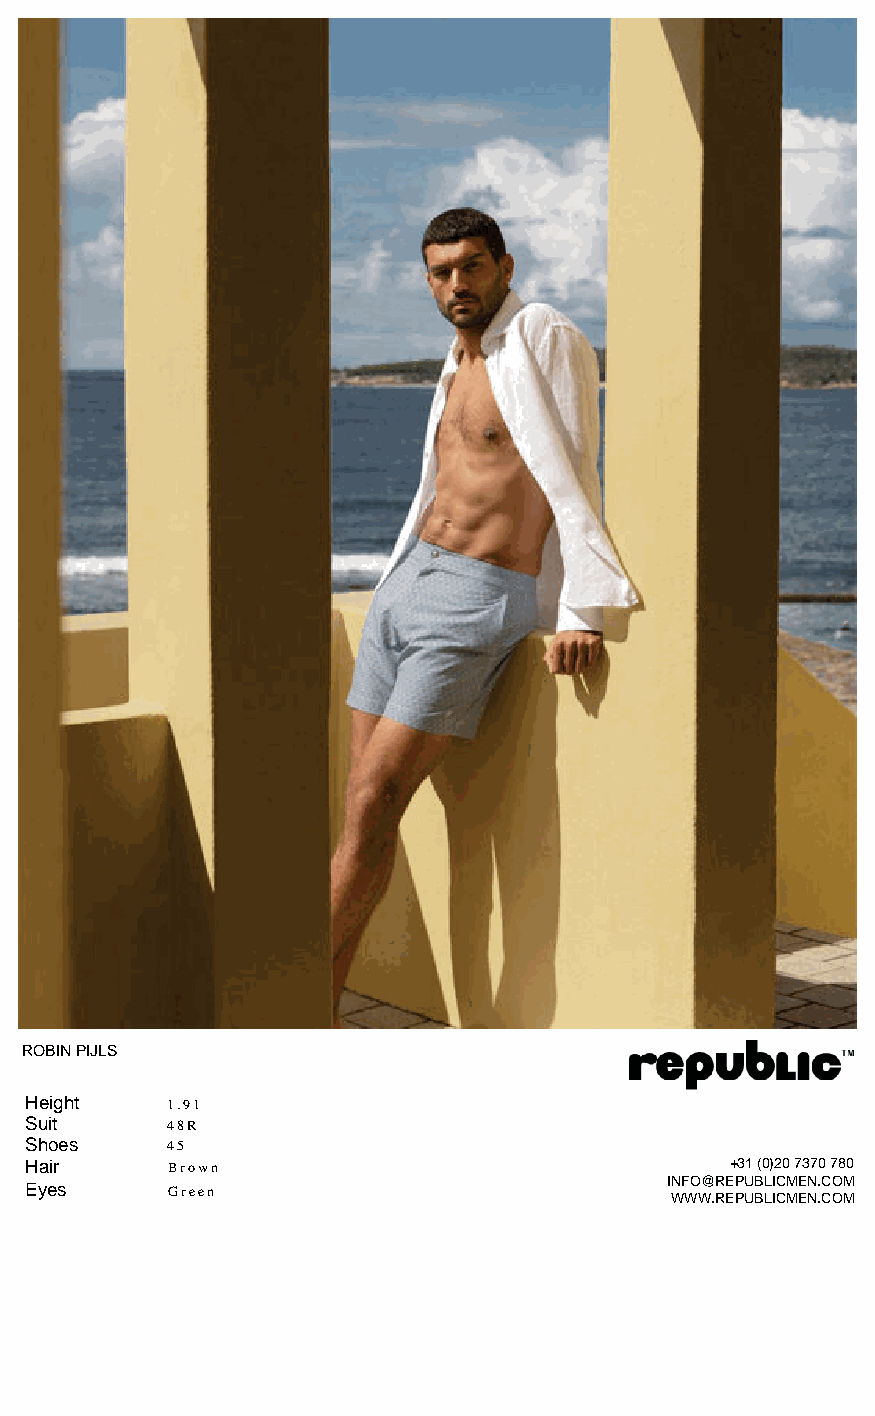
ROBIN PIJLS
 Height   1.91
 Suit     48R
 Shoes    45
 Hair     Brown                                +31 (0)20 7370 780
 INFO@REPUBLICMEN.COM
 Eyes     Green
 WWW.REPUBLICMEN.COM